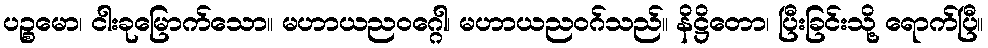
ပဉ္စမော၊ ငါးခုမြောက်သော။ မဟာယညဝဂ္ဂေါ၊ မဟာယညဝဂ်သည်။ နိဋ္ဌိတော၊ ပြီးခြင်းသို့ ရောက်ပြီ။